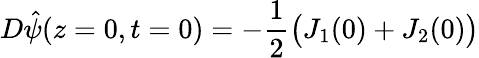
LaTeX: D\hat{\psi}(z=0,t=0)=-\frac{1}{2}\big(J_{1}(0)+J_{2}(0)\big)